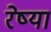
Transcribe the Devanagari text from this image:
रेष्या